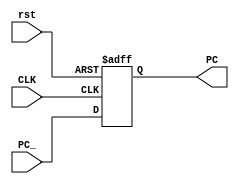
module Program_Counter (
  
input wire        CLK,
input wire        rst,
input wire [31:0] PC_,

output reg [31:0] PC
);

always @ (posedge CLK or negedge rst)
  begin
  if(!rst)
    PC <= 32'b0;
  else
    PC <= PC_;    
  end

endmodule